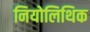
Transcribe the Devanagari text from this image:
नियोलिथिक